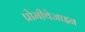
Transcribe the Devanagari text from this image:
प्रोमीथेजाइन